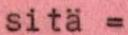
sitä =